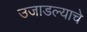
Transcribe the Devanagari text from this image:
उजाडल्याचे